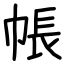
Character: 帳